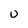
Character: u